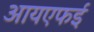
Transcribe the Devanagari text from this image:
आयएफई